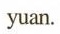
yuan.